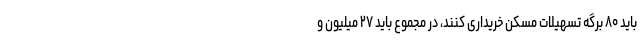
باید ۸۰ برگه تسهیلات مسکن خریداری کنند، در مجموع باید ۲۷ میلیون و